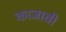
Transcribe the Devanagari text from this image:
काजाची